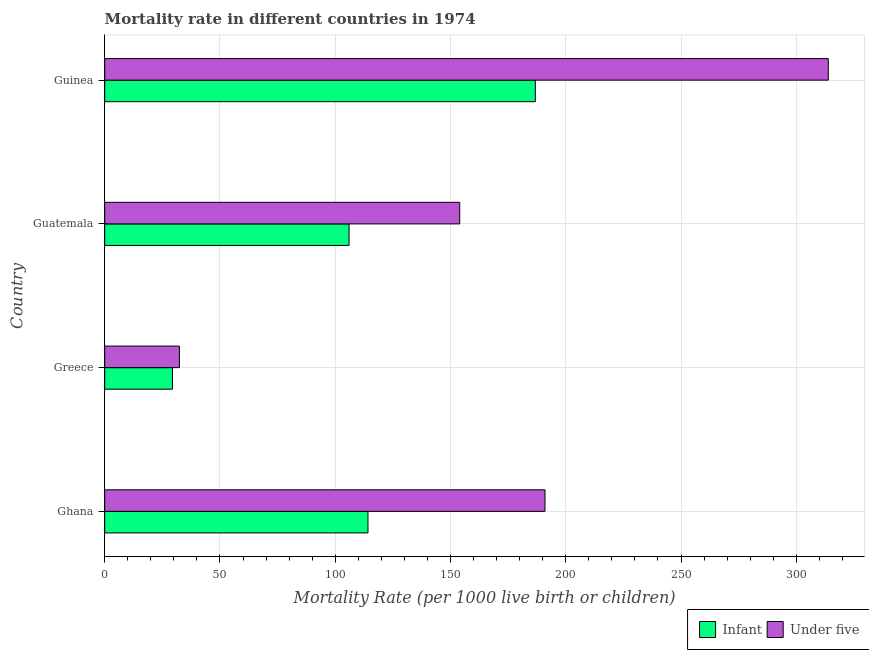
| Country | Infant | Under five |
 | --- | --- | --- |
 | Ghana | 114 | 191 |
 | Greece | 29.4 | 32.4 |
 | Guatemala | 106 | 154 |
 | Guinea | 187 | 314 |